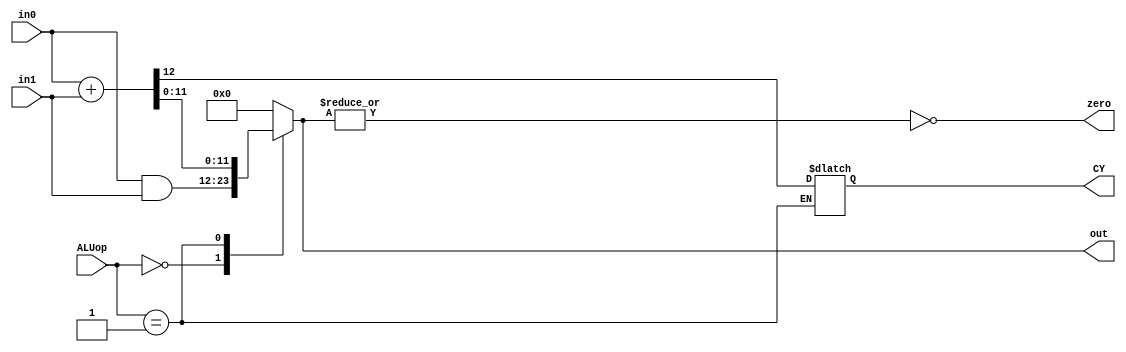

`timescale 1ns/1ns
module ALU (in0, in1, ALUop, out, CY, zero);
  
  parameter integer n = 12;

  input [n-1:0] in0,in1;
  input [1:0] ALUop;
  output reg [n-1:0] out;
  output reg CY;
  output zero;
  assign zero = ~|{out};

  always@(in0, in1, ALUop) begin
    out <= {n{1'b0}};
    case (ALUop)
        2'b00: out <= in0 & in1;
        2'b01: {CY, out} <= in0 + in1;
    endcase
  end
endmodule